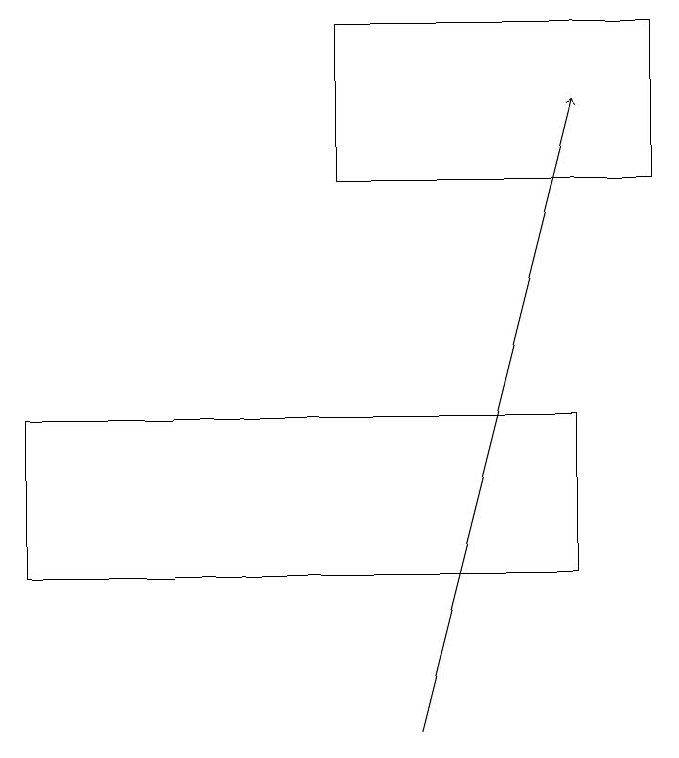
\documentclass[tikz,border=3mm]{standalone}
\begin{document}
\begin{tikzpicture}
\draw (0,12) rectangle (7,14);
\draw (8,19) rectangle (4,17);
\draw[->] (5,10) -- (7,18);
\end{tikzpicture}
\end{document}